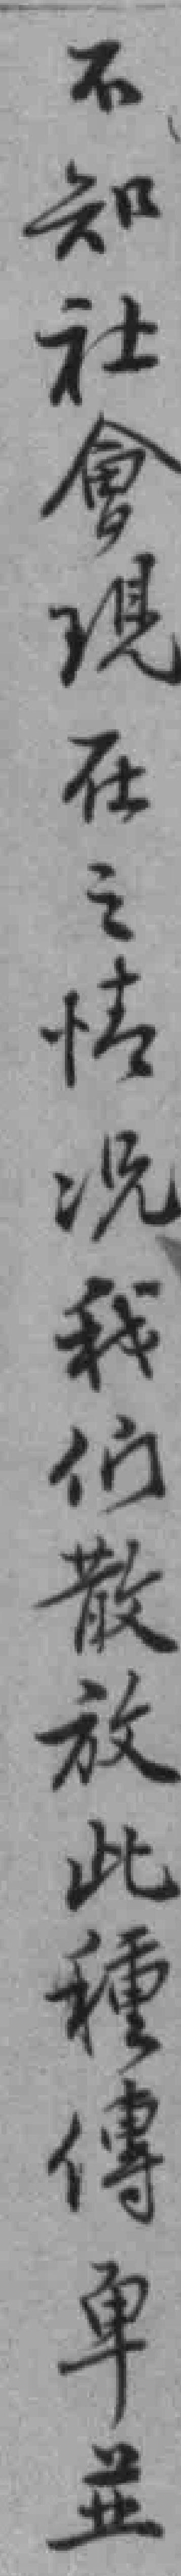
不知社會現在之怯況我伯散放此種傳車並